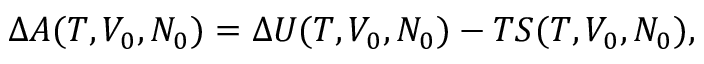
\Delta A ( T , V _ { 0 } , N _ { 0 } ) = \Delta U ( T , V _ { 0 } , N _ { 0 } ) - T S ( T , V _ { 0 } , N _ { 0 } ) ,